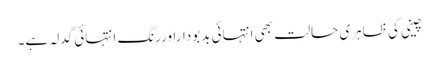
چینی کی ظاہری حالت بھی انتہائی بدبوداراوررنگ انتہائی گدلہ ہے۔